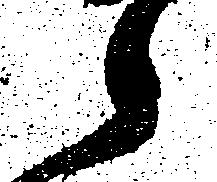
候